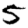
Digit: 5